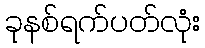
ခုနစ်ရက်ပတ်လုံး